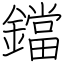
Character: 鐺